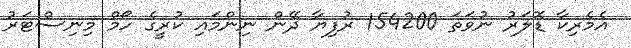
އެމެރިކާ ޑޮލަރު ނުވަތަ 154200 ރުފިޔާ ދޭން ނިންމައި ކުރީގެ ހޯމް މިނިސްޓަރު